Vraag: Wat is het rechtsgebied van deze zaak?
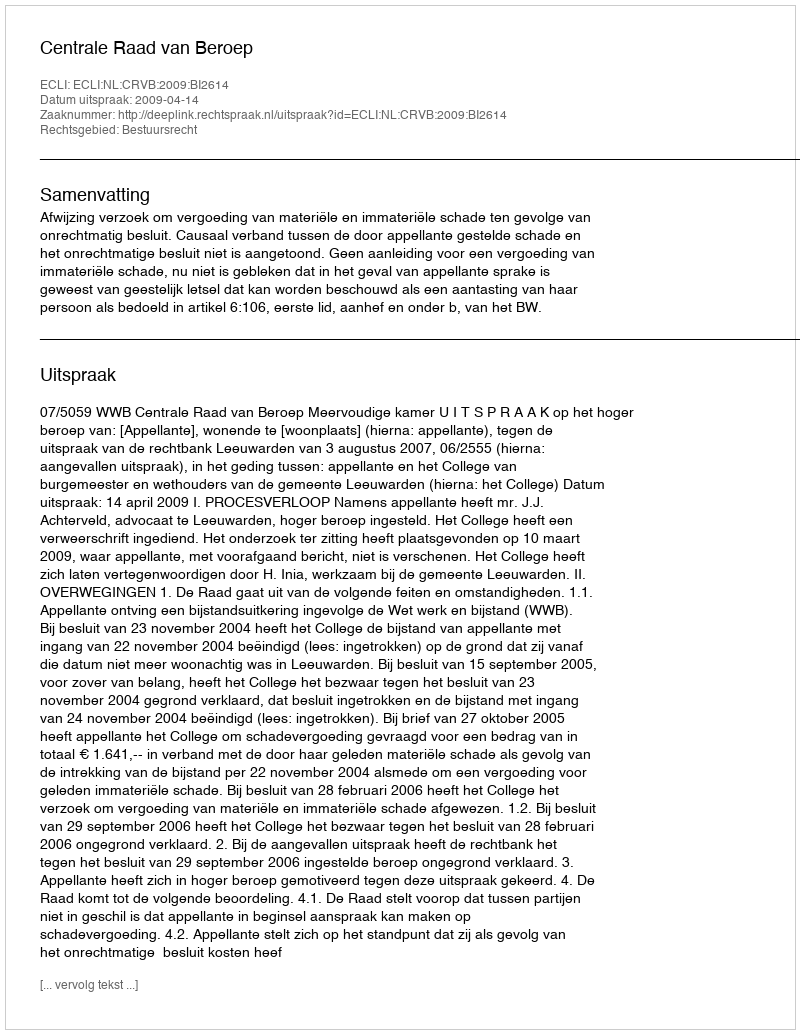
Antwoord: Bestuursrecht